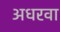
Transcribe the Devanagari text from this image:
अधरवा